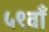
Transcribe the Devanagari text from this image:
५९वाँ